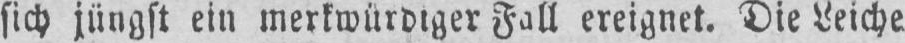
Fall ereignet. Die Leiche